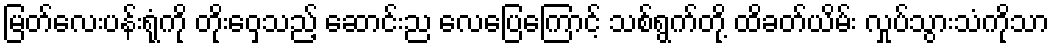
မြတ်လေးပန်းရုံကို တိုးဝှေ့သည့် ဆောင်းည လေပြေကြောင့် သစ်ရွက်တို့ ထိခတ်ယိမ်း လှုပ်သွားသံကိုသာ